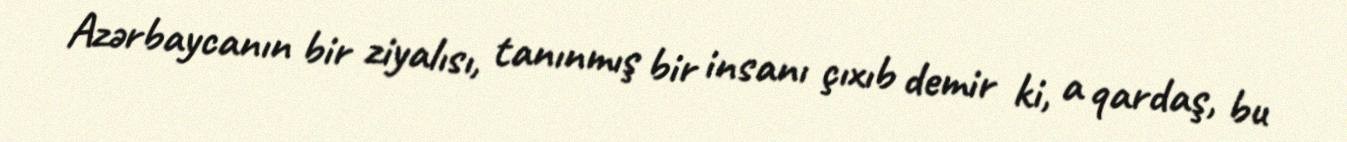
Azərbaycanın bir ziyalısı, tanınmış bir insanı çıxıb demir ki, a qardaş, bu